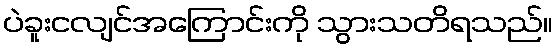
ပဲခူးငလျင်အကြောင်းကို သွားသတိရသည်။